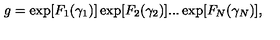
g = \exp [ F _ { 1 } ( \gamma _ { 1 } ) ] \exp [ F _ { 2 } ( \gamma _ { 2 } ) ] . . . \exp [ F _ { N } ( \gamma _ { N } ) ] ,